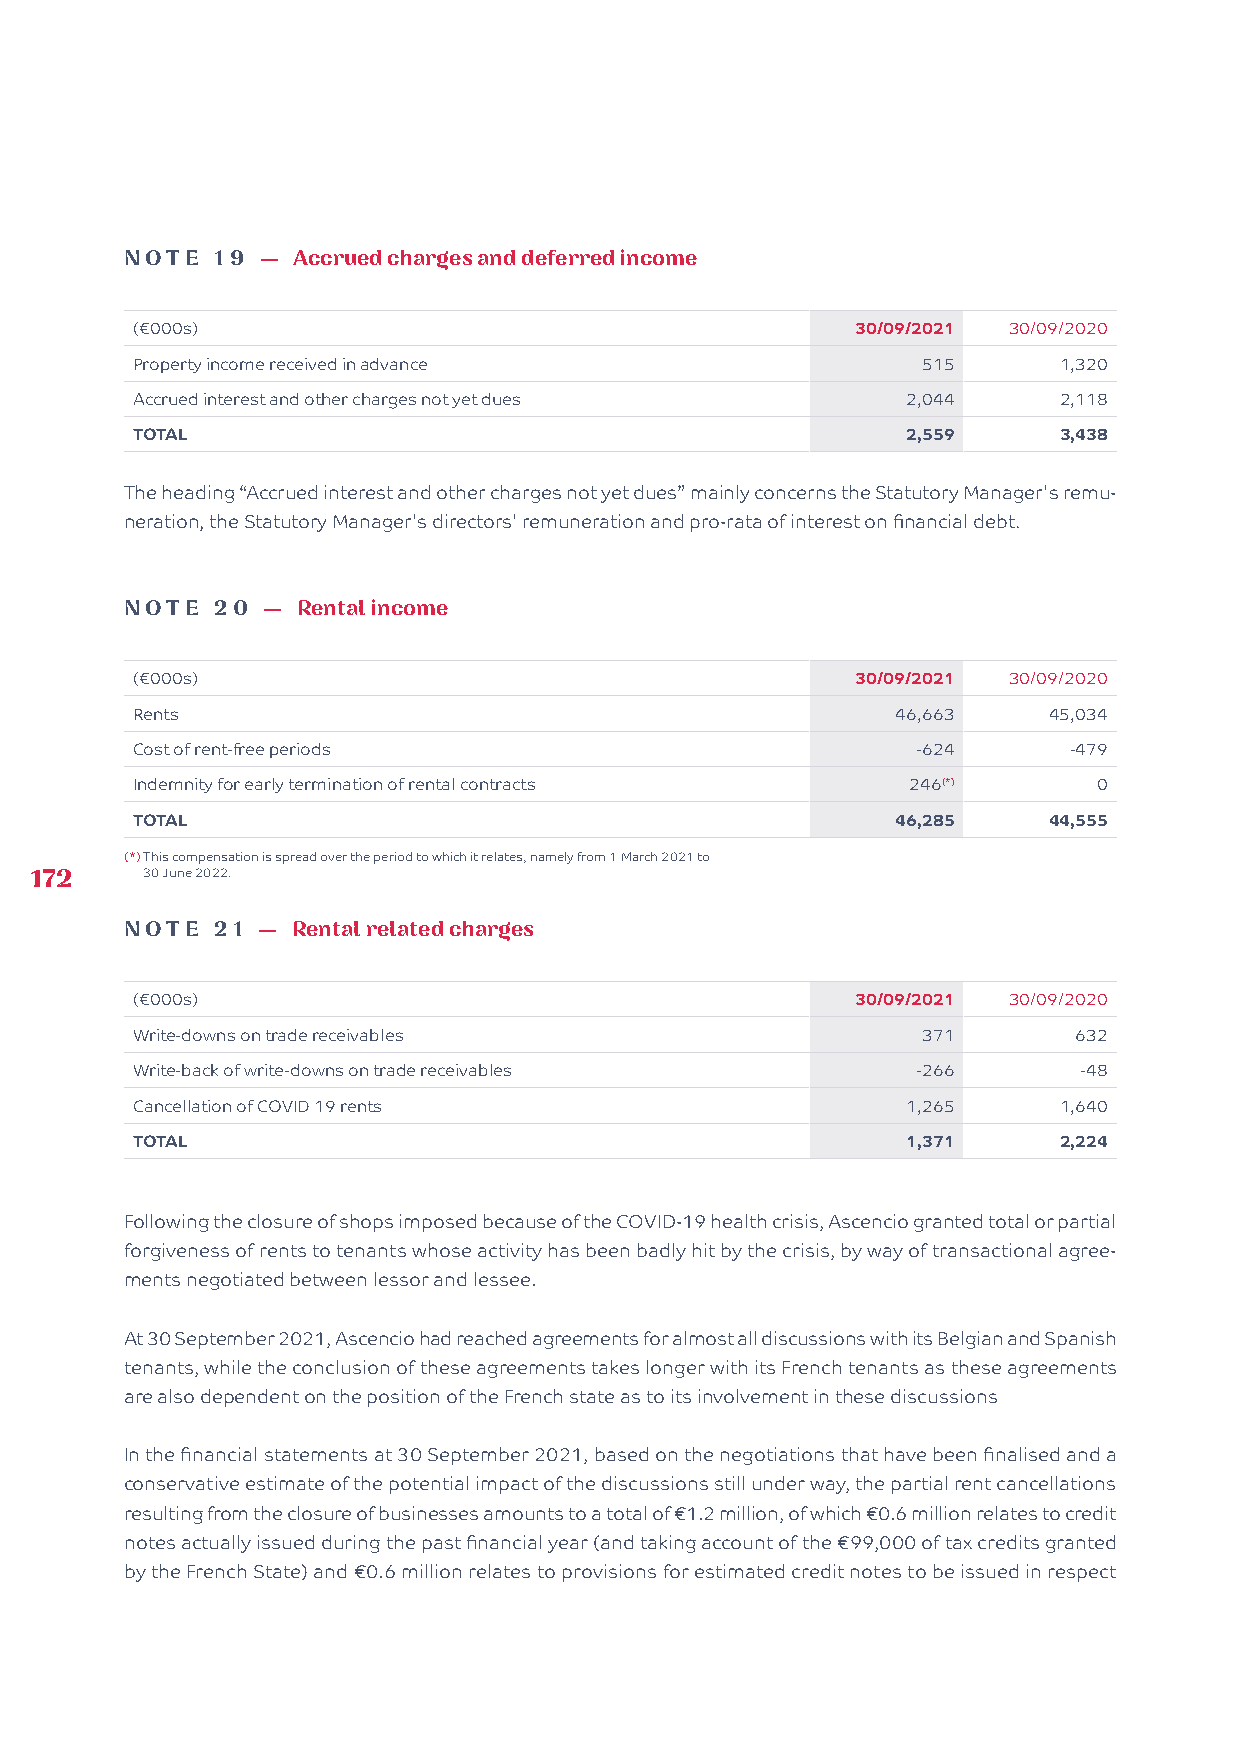
NOTE  19 — A ccrued charges and deferred income
 (€000s)                                         30/09/2021 30/09/2020
 Property income received in advance                 515      1,320
 Accrued interest and other charges not yet dues    2,044     2,118
 TOTAL                                              2,559     3,438
 The heading “Accrued interest and other charges not yet dues” mainly concerns the Statutory Manager's remu-
 neration, the Statutory Manager's directors' remuneration and pro-rata of interest on financial debt.
 NOTE  20 —  R ental income
 (€000s)                                         30/09/2021 30/09/2020
 Rents                                             46,663    45,034
 Cost of rent-free periods                           -624      -479
 Indemnity for early termination of rental contracts 246(*)      0
 TOTAL                                             46,285    44,555
 (*) This compensation is spread over the period to which it relates, namely from 1 March 2021 to
 172    30 June 2022.
 NOTE  21 — R ental related charges
 (€000s)                                         30/09/2021 30/09/2020
 Write-downs on trade receivables                    371       632
 Write-back of write-downs on trade receivables      -266      -48
 Cancellation of COVID 19 rents                     1,265     1,640
 TOTAL                                              1,371     2,224
 Following the closure of shops imposed because of the COVID-19 health crisis, Ascencio granted total or partial
 forgiveness of rents to tenants whose activity has been badly hit by the crisis, by way of transactional agree-
 ments negotiated between lessor and lessee.
 At 30 September 2021, Ascencio had reached agreements for almost all discussions with its Belgian and Spanish
 tenants, while the conclusion of these agreements takes longer with its French tenants as these agreements
 are also dependent on the position of the French state as to its involvement in these discussions
 In the financial statements at 30 September 2021, based on the negotiations that have been finalised and a
 conservative estimate of the potential impact of the discussions still under way, the partial rent cancellations
 resulting from the closure of businesses amounts to a total of €1.2 million, of which €0.6 million relates to credit
 notes actually issued during the past financial year (and taking account of the €99,000 of tax credits granted
 by the French State) and €0.6 million relates to provisions for estimated credit notes to be issued in respect